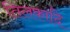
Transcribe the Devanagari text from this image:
तिलकादि